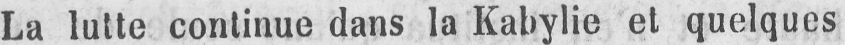
La lutte continue dans la Kabylie et quelques